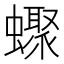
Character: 𧓏